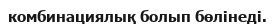
комбинациялық болып бөлінеді.